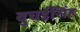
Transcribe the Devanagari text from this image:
बुचईसिंह